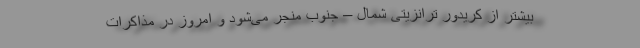
بیشتر از کریدور ترانزیتی شمال – جنوب منجر می‌شود و امروز در مذاکرات